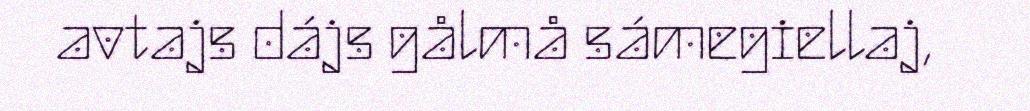
avtajs dájs gålmå sámegiellaj,